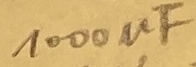
Text: 1000µF